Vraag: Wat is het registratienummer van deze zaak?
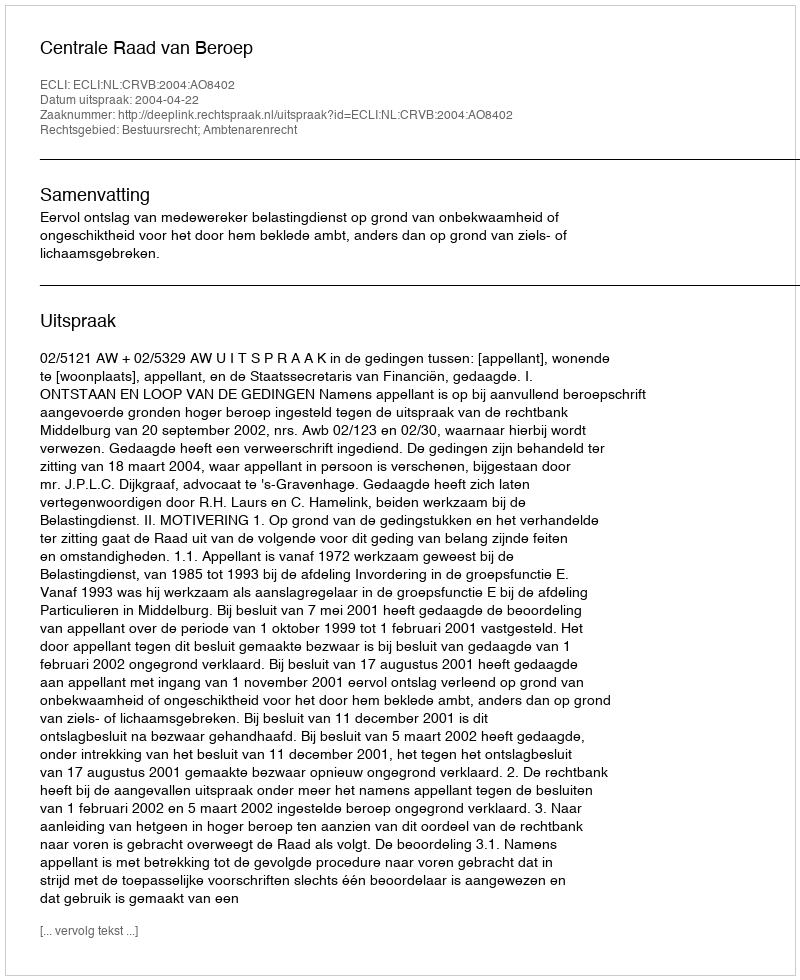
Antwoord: http://deeplink.rechtspraak.nl/uitspraak?id=ECLI:NL:CRVB:2004:AO8402